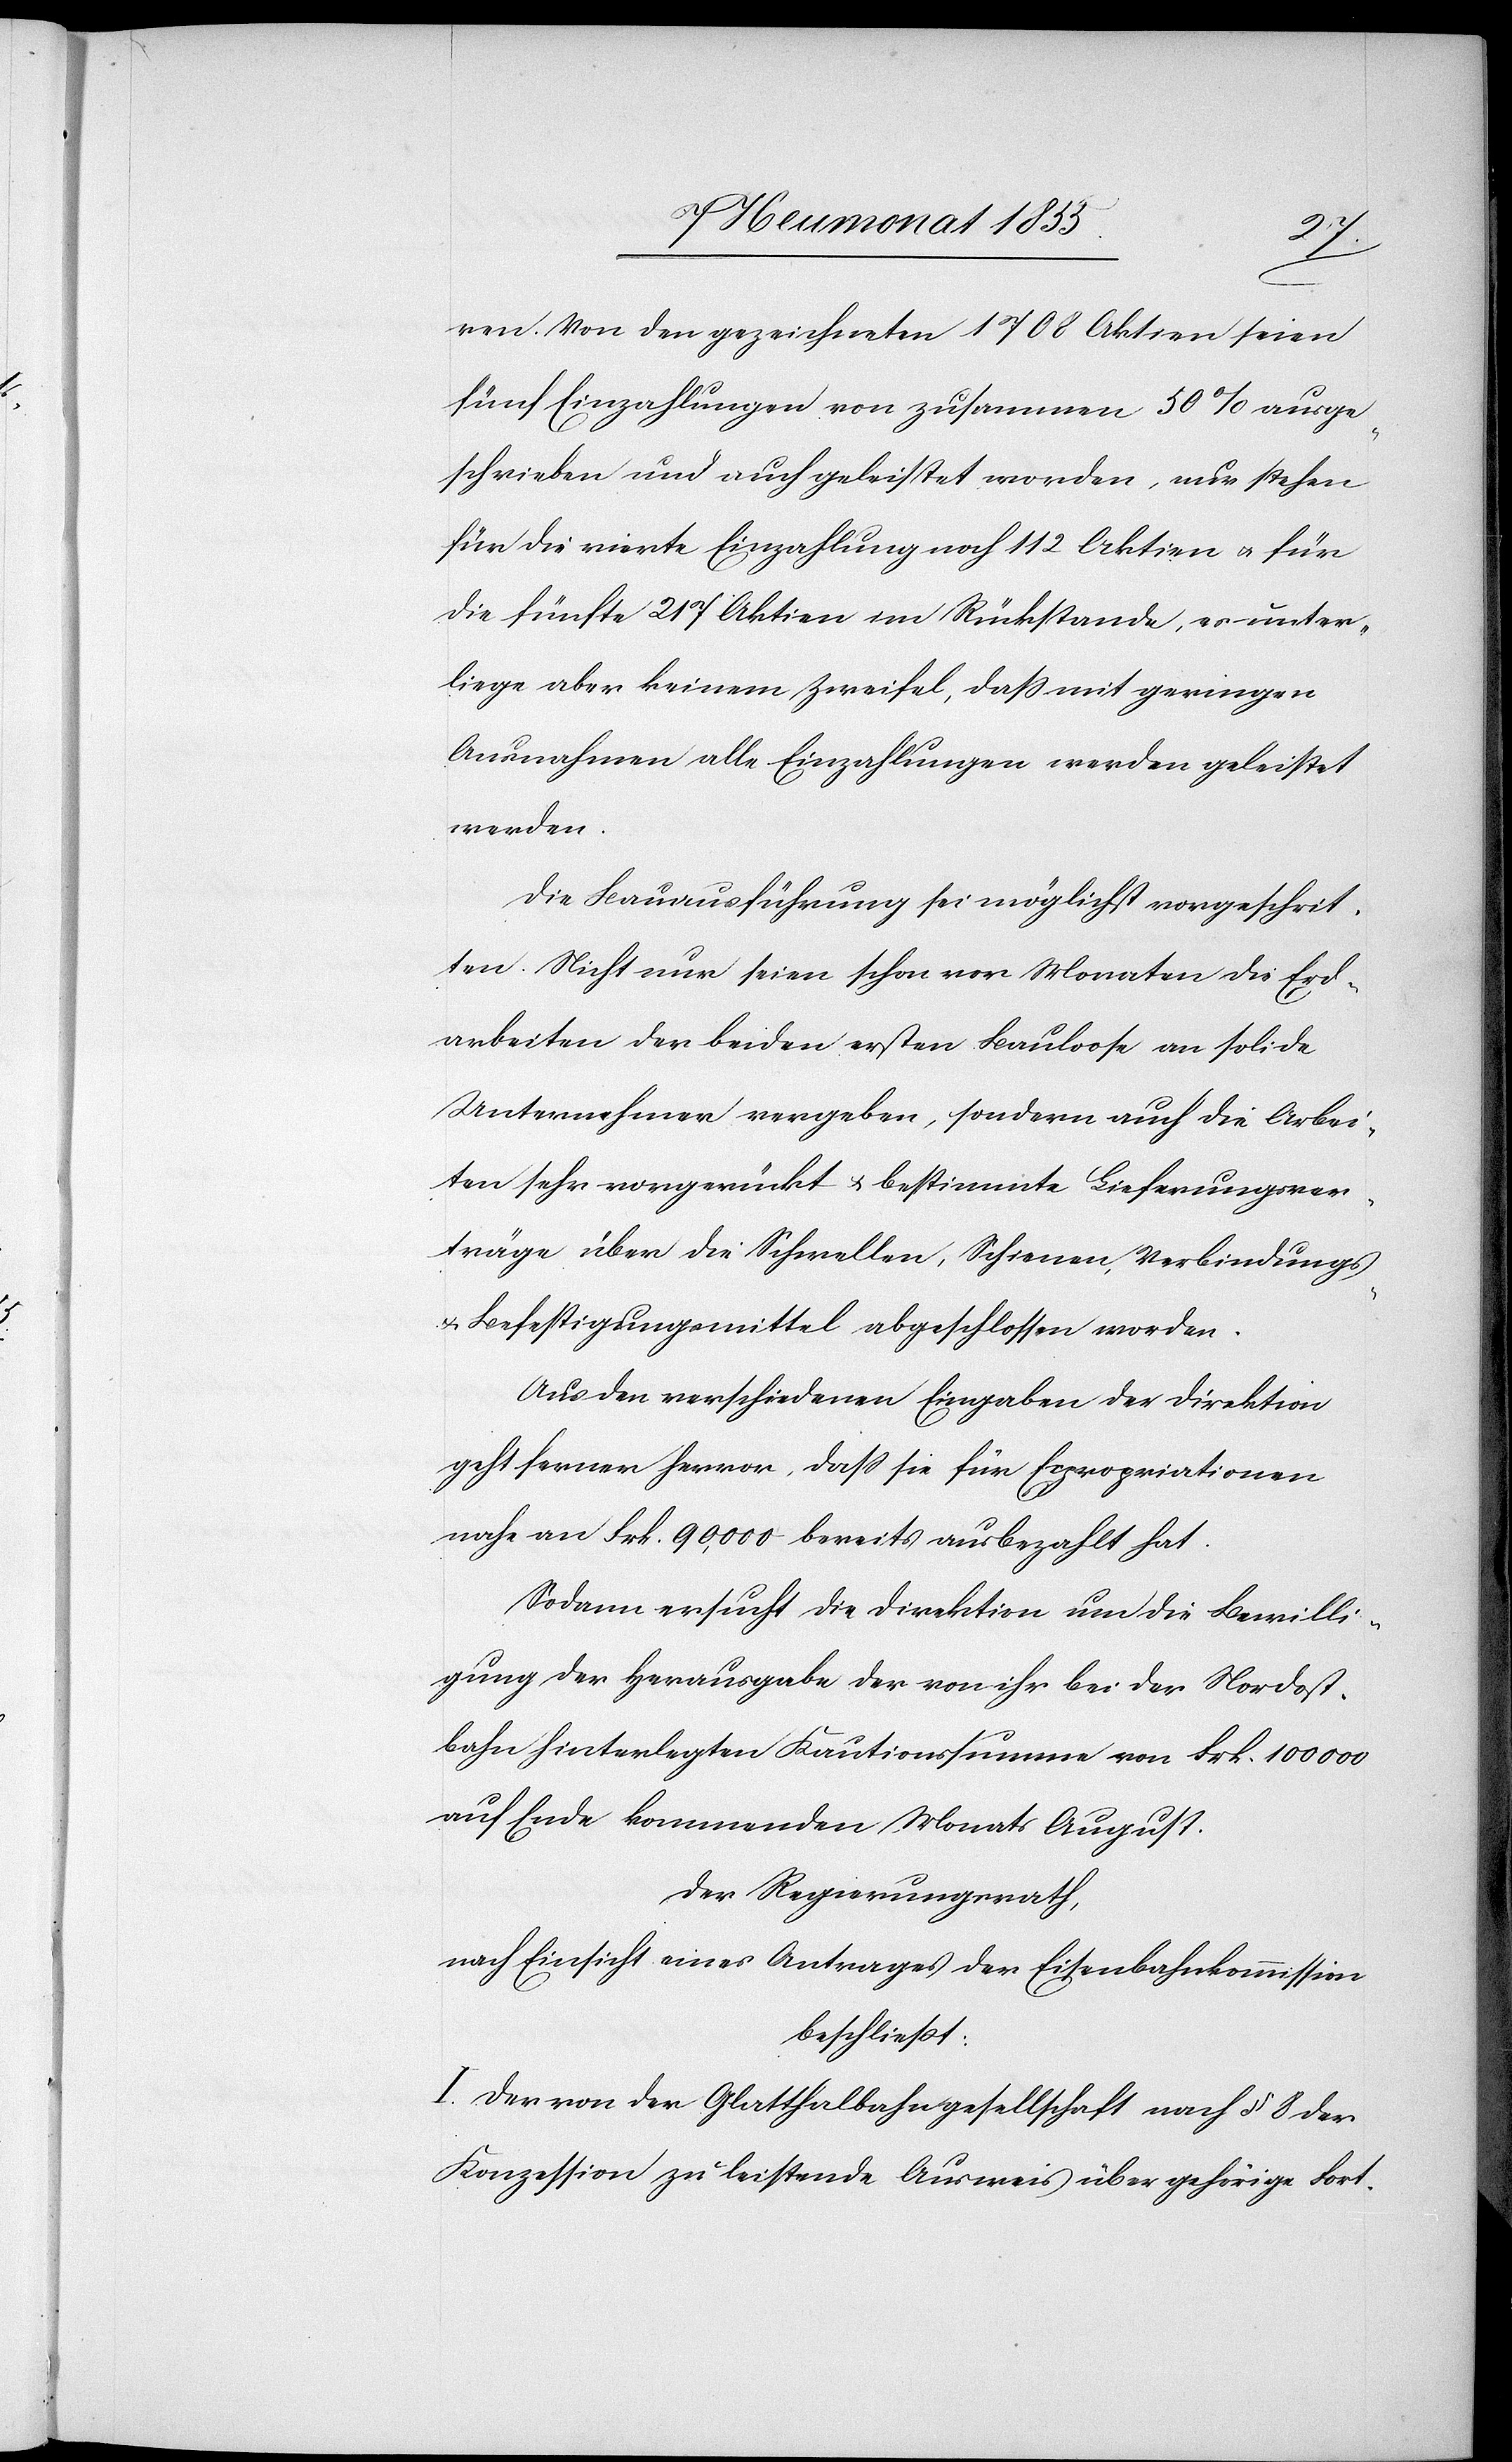
ren. Von den gezeichneten 1708 Aktien seien
fünf Einzahlungen von zusammen 50% ausge¬
schrieben und auch geleistet worden, nur stehen
für die vierte Einzahlung noch 112 Aktien & für
die fünfte 217 Aktien im Rückstande, es unter¬
liege aber keinem Zweifel, dass mit geringen
Ausnahmen alle Einzahlungen werden geleistet
werden.
Die Bauausführung sei möglichst vorgeschrit¬
ten. Nicht nur seien schon vor Monaten die Erd¬
arbeiten der beiden ersten Bauloose an solide
Unternehmer vergeben, sondern auch die Arbei¬
ten sehr vorgerückt & bestimmte Lieferungsver¬
träge über die Schwellen, Schienen, Verbindungs-
& Befestigungsmittel abgeschlossen worden.
Aus den verschiedenen Eingaben der Direktion
geht ferner hervor, dass sie für Expropriationen
nahe an Frk. 90,000 bereits ausbezahlt hat.
Sodann ersucht die Direktion um die Bewilli¬
gung der Herausgabe der von ihr bei der Nordost¬
bahn hinterlegten Kautionssumme von Frk. 100 000
auf Ende kommenden Monats August.
Der Regierungsrath,
nach Einsicht eines Antrages der Eisenbahnkommission
beschliesst:
I. Der von der Glatthalbahngesellschaft nach § 8 der
Konzession zu leistende Ausweis über gehörige Fort-